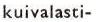
kuivalasti-